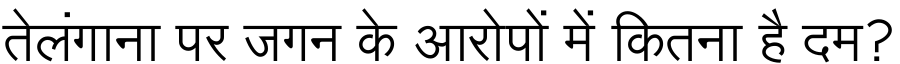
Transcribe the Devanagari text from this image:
तेलंगाना पर जगन के आरोपों में कितना है दम?